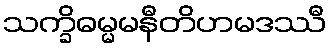
သက္ခိဓမ္မမနီတိဟမဒဿီ